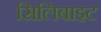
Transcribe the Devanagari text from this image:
सिलिबाइट